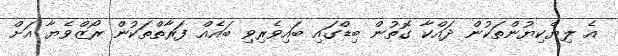
އެ ލިޔެކިޔުންތަކުން ދައްކާ ގޮތުން ބިޑްގައި ބައިވެރިވި ބައެއް ފަރާތްތަކުން ރޯޒްވެޔާ އަށް